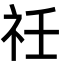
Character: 祍